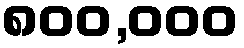
၈၀၀,၀၀၀